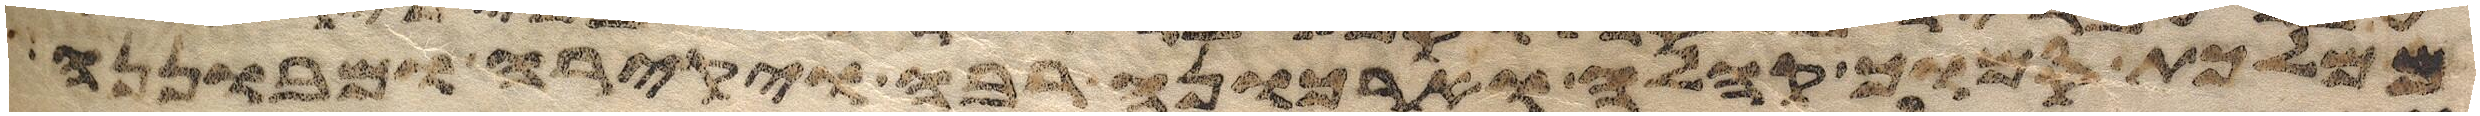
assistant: מתוך הסנה ויאמר משה משה ויאמר הנני